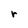
Character: r